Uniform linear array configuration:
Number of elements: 12
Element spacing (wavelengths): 0.75
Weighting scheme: kaiser
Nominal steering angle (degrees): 0
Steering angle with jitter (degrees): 1.345
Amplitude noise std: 0.05
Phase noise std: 0.05

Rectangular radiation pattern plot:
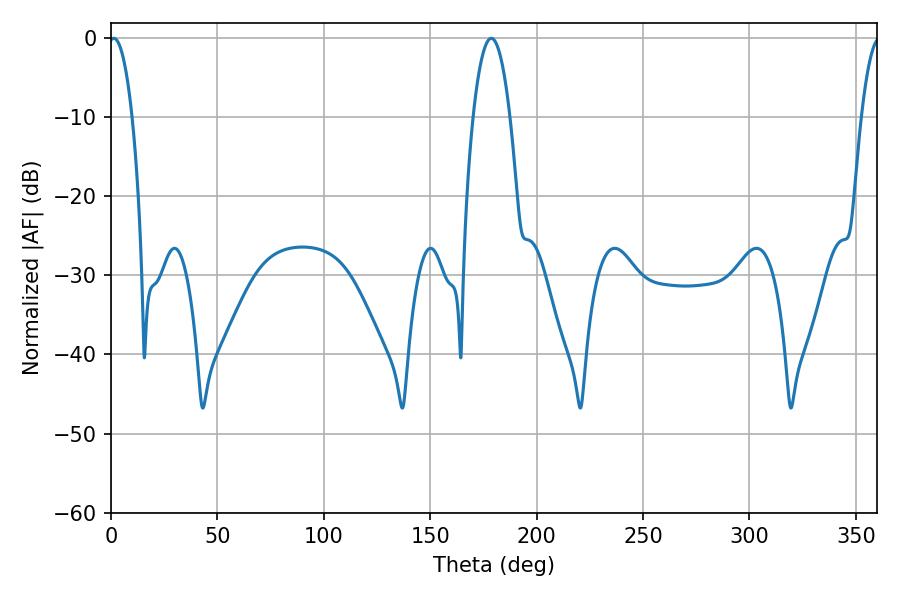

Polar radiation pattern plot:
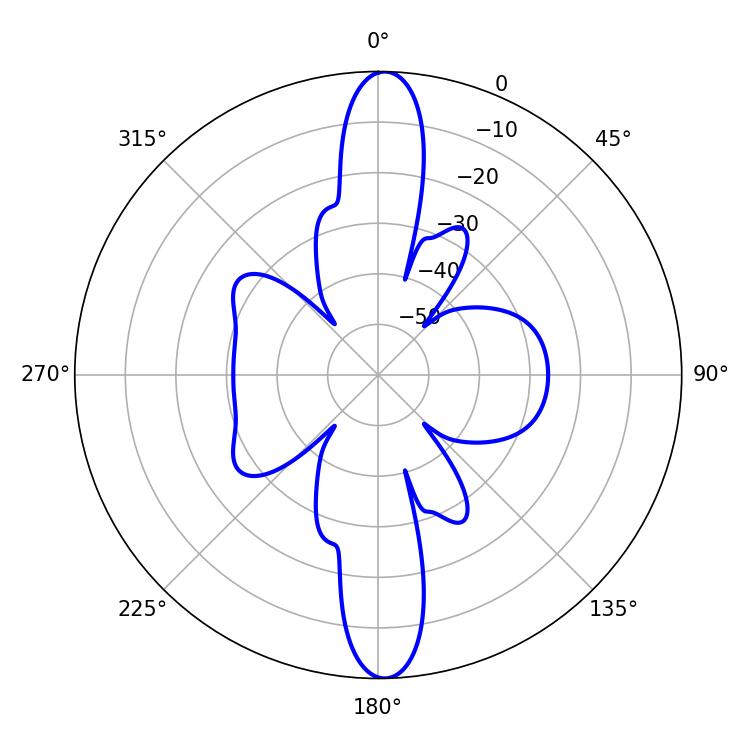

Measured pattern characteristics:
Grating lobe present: TRUE
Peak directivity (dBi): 24.06
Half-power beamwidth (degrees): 9.54
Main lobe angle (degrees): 178.74